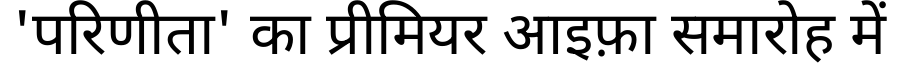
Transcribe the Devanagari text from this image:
'परिणीता' का प्रीमियर आइफ़ा समारोह में